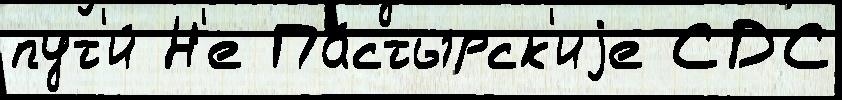
пут'и́ Н'е Па́стырск'иjе СДС